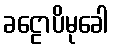
ခဠောပိမုခေါ